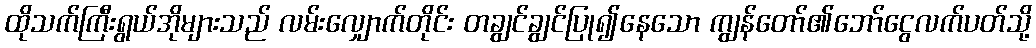
ထိုသက်ကြီးရွယ်အိုများသည် လမ်းလျှောက်တိုင်း တချွင်ချွင်ပြု၍နေသော ကျွန်တော်၏ဘော်ငွေလက်ပတ်သို့